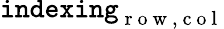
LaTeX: \texttt{indexing}_{\mathrm{~r~o~w~},\mathrm{~c~o~l~}}